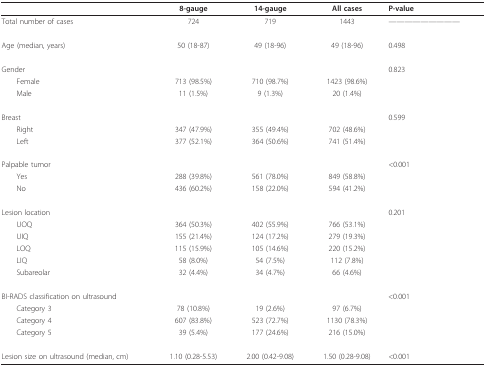
<table><thead><tr><td></td><td><b>8-gauge</b></td><td><b>14-gauge</b></td><td><b>All cases</b></td><td><b>P-value</b></td></tr></thead><tbody><tr><td>Total number of cases</td><td>724</td><td>719</td><td>1443</td><td>-----------</td></tr><tr><td>Age (median, years)</td><td>50 (18-87)</td><td>49 (18-96)</td><td>49 (18-96)</td><td>0.498</td></tr><tr><td>Gender</td><td></td><td></td><td></td><td>0.823</td></tr><tr><td> Female</td><td>713 (98.5%)</td><td>710 (98.7%)</td><td>1423 (98.6%)</td><td></td></tr><tr><td> Male</td><td>11 (1.5%)</td><td>9 (1.3%)</td><td>20 (1.4%)</td><td></td></tr><tr><td>Breast</td><td></td><td></td><td></td><td>0.599</td></tr><tr><td> Right</td><td>347 (47.9%)</td><td>355 (49.4%)</td><td>702 (48.6%)</td><td></td></tr><tr><td> Left</td><td>377 (52.1%)</td><td>364 (50.6%)</td><td>741 (51.4%)</td><td></td></tr><tr><td>Palpable tumor</td><td></td><td></td><td></td><td>&lt;0.001</td></tr><tr><td> Yes</td><td>288 (39.8%)</td><td>561 (78.0%)</td><td>849 (58.8%)</td><td></td></tr><tr><td> No</td><td>436 (60.2%)</td><td>158 (22.0%)</td><td>594 (41.2%)</td><td></td></tr><tr><td>Lesion location</td><td></td><td></td><td></td><td>0.201</td></tr><tr><td> UOQ</td><td>364 (50.3%)</td><td>402 (55.9%)</td><td>766 (53.1%)</td><td></td></tr><tr><td> UIQ</td><td>155 (21.4%)</td><td>124 (17.2%)</td><td>279 (19.3%)</td><td></td></tr><tr><td> LOQ</td><td>115 (15.9%)</td><td>105 (14.6%)</td><td>220 (15.2%)</td><td></td></tr><tr><td> LIQ</td><td>58 (8.0%)</td><td>54 (7.5%)</td><td>112 (7.8%)</td><td></td></tr><tr><td> Subareolar</td><td>32 (4.4%)</td><td>34 (4.7%)</td><td>66 (4.6%)</td><td></td></tr><tr><td>BI-RADS classification on ultrasound</td><td></td><td></td><td></td><td>&lt;0.001</td></tr><tr><td> Category 3</td><td>78 (10.8%)</td><td>19 (2.6%)</td><td>97 (6.7%)</td><td></td></tr><tr><td> Category 4</td><td>607 (83.8%)</td><td>523 (72.7%)</td><td>1130 (78.3%)</td><td></td></tr><tr><td> Category 5</td><td>39 (5.4%)</td><td>177 (24.6%)</td><td>216 (15.0%)</td><td></td></tr><tr><td>Lesion size on ultrasound (median, cm)</td><td>1.10 (0.28-5.53)</td><td>2.00 (0.42-9.08)</td><td>1.50 (0.28-9.08)</td><td>&lt;0.001</td></tr></tbody></table>